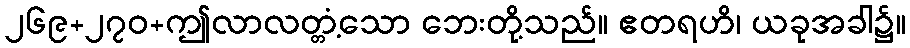
၂၆၉+၂၇၀+ဤလာလတ္တံ့သော ဘေးတို့သည်။ ဧတရဟိ၊ ယခုအခါ၌။